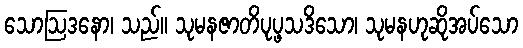
သောဩဒနော၊ သည်။ သုမနဇာတိပုပ္ဖသဒိသော၊ သုမနဟုဆိုအပ်သော